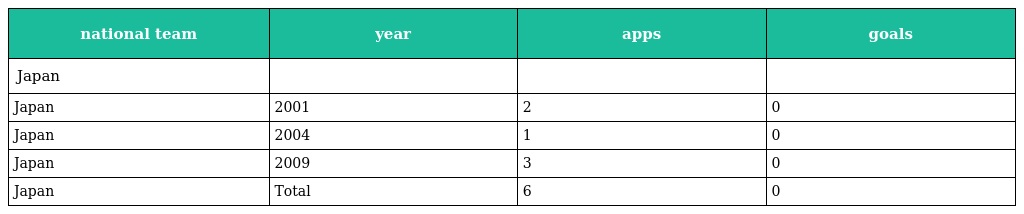
| national team | year | apps | goals |
 | --- | --- | --- | --- |
 | Japan |  |  |  |
 | Japan | 2001 | 2 | 0 |
 | Japan | 2004 | 1 | 0 |
 | Japan | 2009 | 3 | 0 |
 | Japan | Total | 6 | 0 |